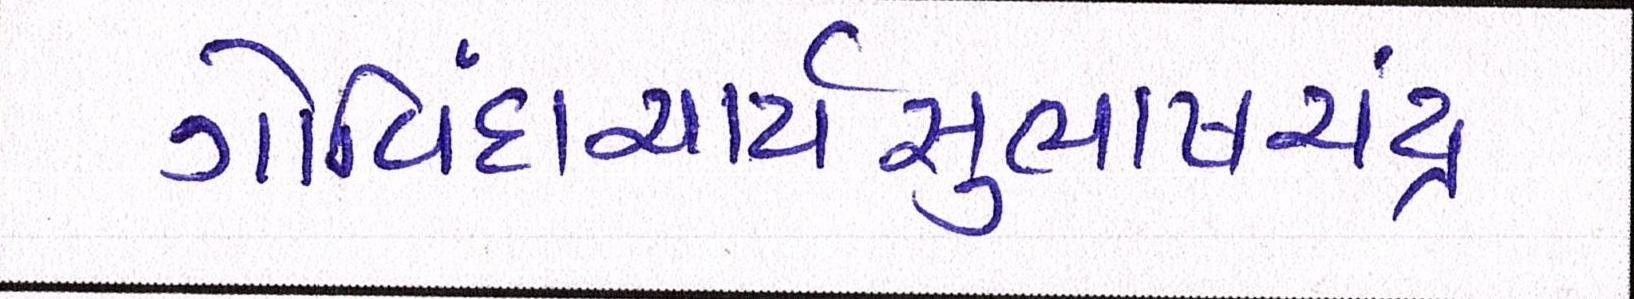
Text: ગોવિંદાચાર્યસુભાષચંદ્ર